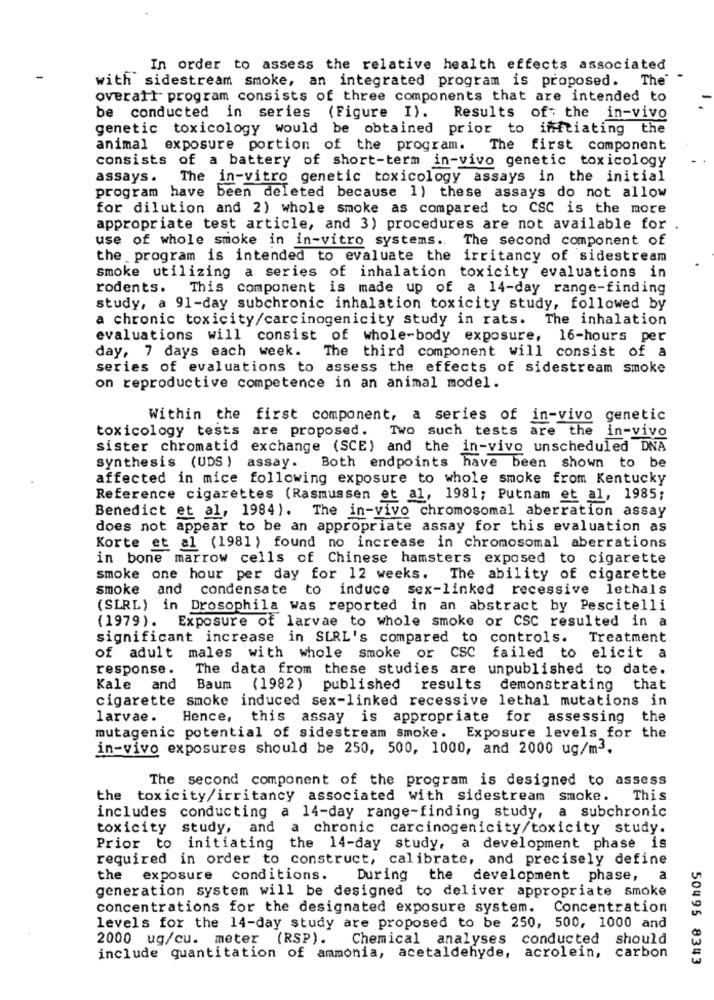
In order to assess the relative health effects associated
with sidestream smoke, an integrated program is proposed.
The
overall program consists of three components that are intended to
be conducted in series (Figure I). Results of: the in-vivo
genetic toxicology would be obtained prior to initiating the
animal exposure portion of the program. The first component
consists of a battery of short-term in-vivo genetic toxicology
assays .
The in-vitro genetic toxicology assays in the initial
program have been deleted because 1) these assays do not allow
for dilution and 2) whole smoke as compared to CSC is the more
appropriate test article, and 3) procedures are not available for .
use of whole smoke in in-vitro systems .. The second component of
the program is intended to evaluate the irritancy of sidestream
smoke utilizing a series of inhalation toxicity evaluations in
rodents.
This component is made up of a 14-day range-finding
study, a 91-day subchronic inhalation toxicity study, followed by
a chronic toxicity/carcinogenicity study in rats. The inhalation
evaluations will consist of whole-body exposure, 16-hours per
day, 7 days each week. The third component will consist of a
series of evaluations to assess the effects of sidestream smoke
on reproductive competence in an animal model.
Within the first component, a series of in-vivo genetic
toxicology tests are proposed.
Two such tests are the in-vivo
sister chromatid exchange (SCE) and the in-vivo unscheduled DNA
synthesis (UDS ) assay.
Both endpoints have been shown to be
affected in mice following exposure to whole smoke from Kentucky
Reference cigarettes (Rasmussen et al, 1981; Putnam et al, 1985;
Benedict et al, 1984). The in-vivo chromosomal aberration assay
does not appear to be an appropriate assay for this evaluation as
Korte et al (1981) found no increase in chromosomal aberrations
in bone marrow cells of Chinese hamsters exposed to cigarette
smoke one hour per day for 12 weeks. The ability of cigarette
smoke and condensate to induce sex-linked recessive lethals
(SLRL) in Drosophila was reported in an abstract by Pescitelli
(1979). Exposure of larvae to whole smoke or CSC resulted in a
significant increase in SLRL's compared to controls.
Treatment
of adult males with whole smoke or CSC failed to elicit a
response.
The data from these studies are unpublished to date.
Kale and
Baum (1982) published
results
demonstrating that
cigarette smoke induced sex-linked recessive lethal mutations in
larvae.
Hence, this assay is appropriate for assessing
the
mutagenic potential of sidestream smoke. Exposure levels for the
in-vivo exposures should be 250, 500, 1000, and 2000 ug/m3.
The second component of the program is designed to assess
the toxicity/irritancy associated with sidestream smoke.
This
includes conducting a 14-day range-finding study, a subchronic
toxicity study, and a chronic carcinogenicity/toxicity study.
Prior to initiating the 14-day study, a development phase is
required in order to construct, calibrate, and precisely define
the exposure conditions.
During
the development phase, a
generation system will be designed to deliver appropriate smoke
concentrations for the designated exposure system.
Concentration
levels for the 14-day study are proposed to be 250, 500, 1000 and
2000 ug/cu. meter (RSP).
Chemical analyses conducted should
include quantitation of ammonia, acetaldehyde,
acrolein,
carbon
50495 8343